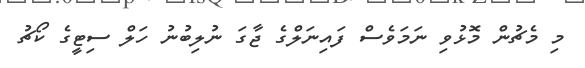
މި މެޗުން މޮޅުވި ނަމަވެސް ފައިނަލްގެ ޖާގަ ނުލިބުނު ހަލް ސިޓީގެ ކޯޗު